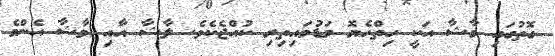
ގޮތުގައި މާޝާ އަކީ ހިތްހެޔޮ މަޑުމައިތިރި ކުއްޖެކެވެ. ލާޝާ އާއި މާޝާ އެންމެ